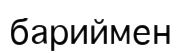
бариймен